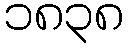
၁၈၃၈